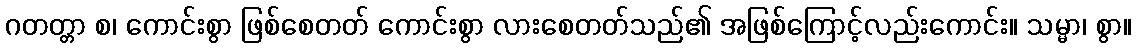
ဂတတ္တာ စ၊ ကောင်းစွာ ဖြစ်စေတတ် ကောင်းစွာ လားစေတတ်သည်၏ အဖြစ်ကြောင့်လည်းကောင်း။ သမ္မာ၊ စွာ။